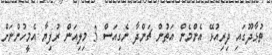
ތުޅާދޫގައި ދިރިއުޅޭ އެންމެން އަތުން ޗަންދާ ނެގިއަސް 3 މިލިއަން ރުފިޔާ އެމީހުންނަށް